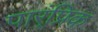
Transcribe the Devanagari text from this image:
पार्ंप्रिक